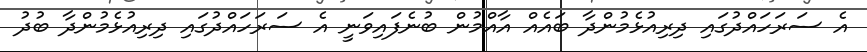
އެ ސަރަހައްދުގައި ދިރިއުޅެމުންދާ ބައެއް އާއްމުން ބުނެފައިވަނީ އެ ސަރަހައްދުގައި ދިރިއުޅެމުންދާ ބުދު